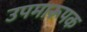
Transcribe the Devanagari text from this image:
उपमारूपक